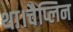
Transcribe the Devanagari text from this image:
था।चैप्लिन